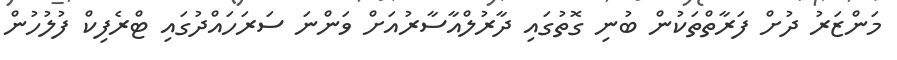
މަންޒަރު ދުށް ފަރާތްތަކުން ބުނި ގޮތުގައި ދާރުލްއާސާރުއަށް ވަންނަ ސަރަހައްދުގައި ޓްރެފިކް ފުލުހުން